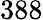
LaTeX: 388